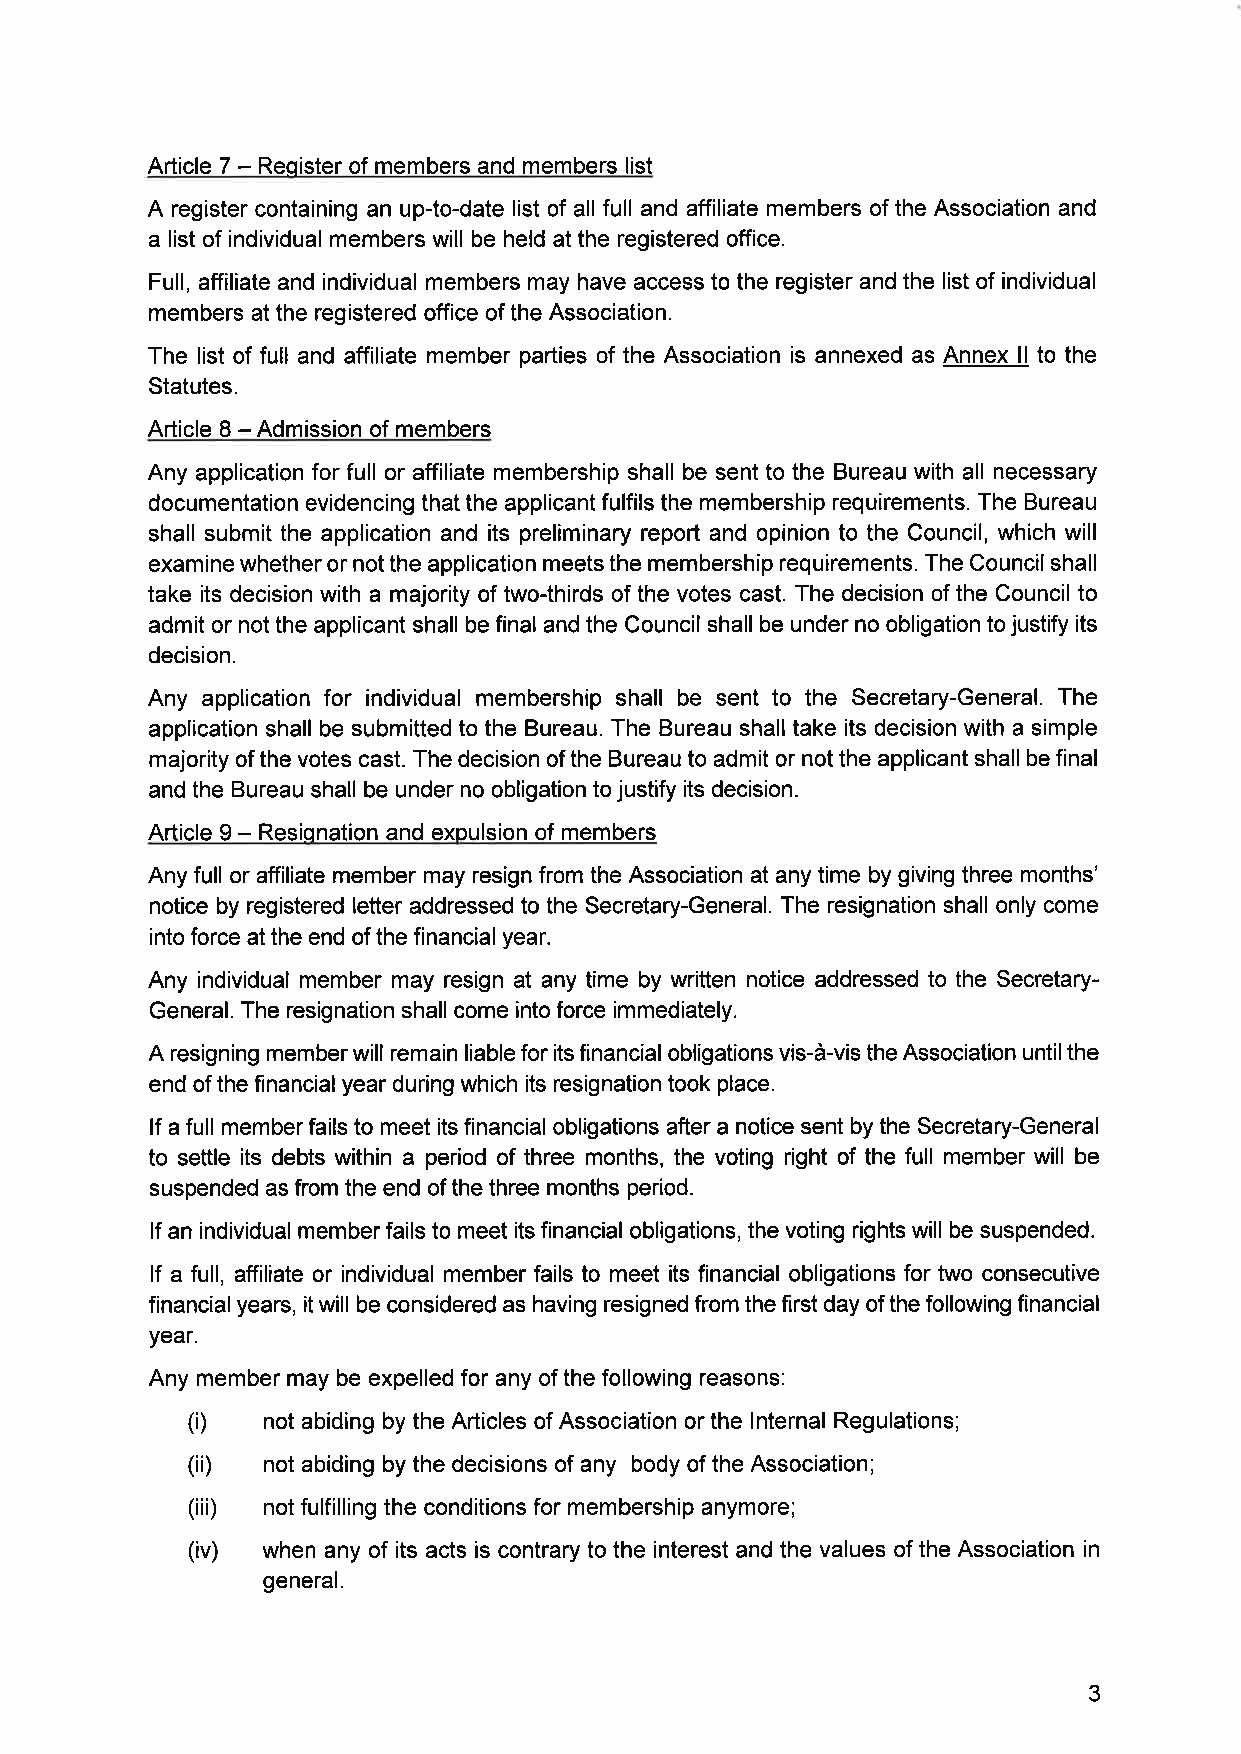
Article 7 - Register of members and members list
 A register containing an up-to-date list of all full and affiliate members of the Association and
 a list of individual members will be held at the registered office.
 Full, affiliate and individual members may have access to the register and the list of individual
 members at the registered office of the Association.
 The list of full and affiliate member parties of the Association is annexed as Annex II to the
 Statutes.
 Article 8 - Admission of members
 Any application for full or affiliate membership shall be sent to the Bureau with all necessary
 documentation evidencing that the applicant fulfils the membership requirements. The Bureau
 shall submit the application and its preliminary report and opinion to the Council, which will
 examine whether or not the application meets the membership requirements. The Council shall
 take its decision with a majority of two-thirds of the votes cast. The decision of the Council to
 admit or not the applicant shall be final and the Council shall be under no obligation to justify its
 decision.
 Any application for individual membership shall be sent to the Secretary-General. The
 application shall be submitted to the Bureau. The Bureau shall take its decision with a simple
 majority of the votes cast. The decision of the Bureau to admit or not the applicant shall be final
 and the Bureau shall be under no obligation to justify its decision.
 Article 9 - Resignation and expulsion of members
 Any full or affiliate member may resign from the Association at any time by giving three months'
 notice by registered letter addressed to the Secretary-General. The resignation shall only come
 into force at the end of the financial year.
 Any individual member may resign at any time by written notice addressed to the Secretary-
 General. The resignation shall come into force immediately.
 A resigning member will remain liable for its financial obligations vis-a-vis the Association until the
 end of the financial year during which its resignation took place.
 If a full member fails to meet its financial obligations after a notice sent by the Secretary-General
 to settle its debts within a period of three months, the voting right of the full member will be
 suspended as from the end of the three months period.
 If an individual member fails to meet its financial obligations, the voting rights will be suspended.
 If a full, affiliate or individual member fails to meet its financial obligations for two consecutive
 financial years, it will be considered as having resigned from the first day of the following financial
 year.
 Any member may be expelled for any of the following reasons:
 (i)  not abiding by the Articles of Association or the Internal Regulations;
 (ii) not abiding by the decisions of any body of the Association;
 (iii) not fulfilling the conditions for membership anymore;
 (iv) when any of its acts is contrary to the interest and the values of the Association in
 general.
 3